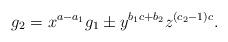
LaTeX: \begin{align*}g_2=x^{a-a_1}g_1\pm y^{b_1c+b_2}z^{(c_2-1)c}.\end{align*}